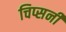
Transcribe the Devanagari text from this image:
चिप्सनी